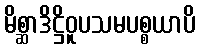
မိစ္ဆာဒိဋ္ဌိဝူပသမပစ္စယာပိ